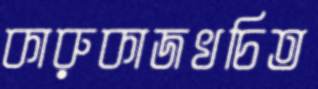
কারুকাজখচিত